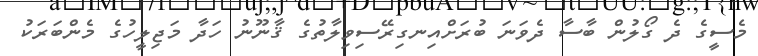
މެސީގެ ދެ ގޯލުން ބާސާ ދެވަނަ ބުރަށްއިނގިރޭސިވިލާތުގެ ޤާނޫނު ހަދާ މަޖިލީހުގެ މެންބަރަކު